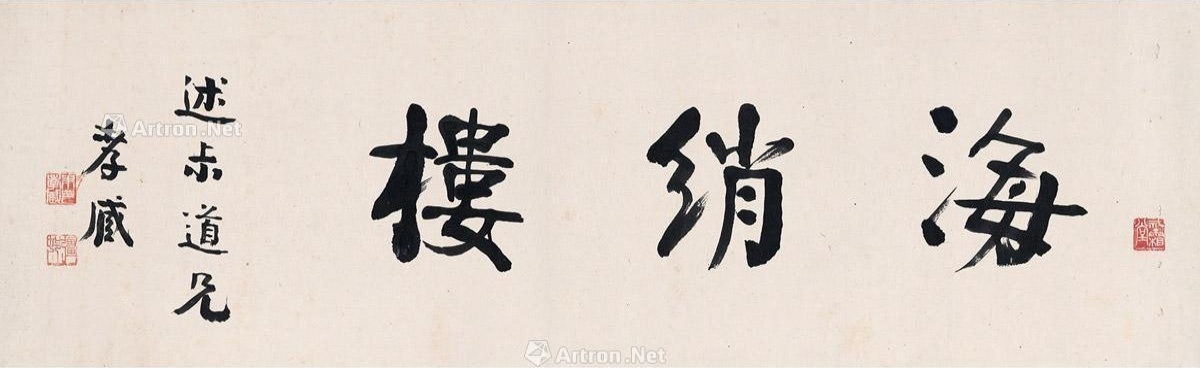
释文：海绡楼。述叔道兄，孝臧。